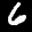
Label: 6